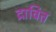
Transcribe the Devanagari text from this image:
द्रावित